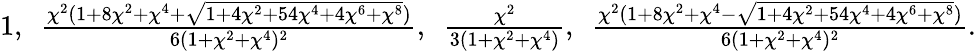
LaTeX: \textstyle 1,\ \ \frac{\chi^{2}(1+8\chi^{2}+\chi^{4}+\sqrt{1+4\chi^{2}+54\chi^{4}+4\chi^{6}+\chi^{8}})}{6(1+\chi^{2}+\chi^{4})^{2}},\ \ \frac{\chi^{2}}{3(1+\chi^{2}+\chi^{4})},\ \ \frac{\chi^{2}(1+8\chi^{2}+\chi^{4}-\sqrt{1+4\chi^{2}+54\chi^{4}+4\chi^{6}+\chi^{8}})}{6(1+\chi^{2}+\chi^{4})^{2}}.